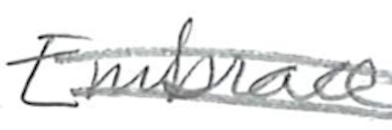
Text: Embrace
Cross-out: double-line
Writing tool: pencil